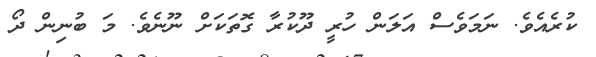
ކުރެއެވެ. ނަމަވެސް އަލަން ހުރީ ދޫކުރާ ގޮތަކަށް ނޫނެވެ. މަ ބުނިން ދޯ